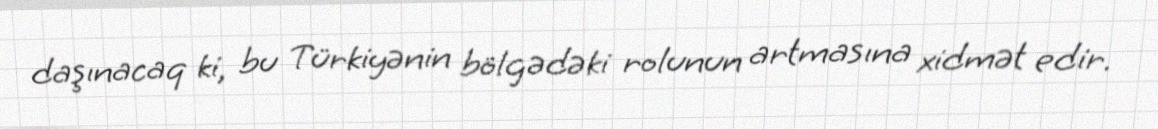
daşınacaq ki, bu Türkiyənin bölgədəki rolunun artmasına xidmət edir.